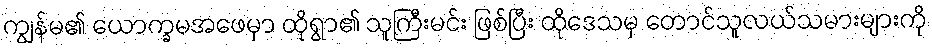
ကျွန်မ၏ ယောက္ခမအဖေမှာ ထိုရွာ၏ သူကြီးမင်း ဖြစ်ပြီး ထိုဒေသမှ တောင်သူလယ်သမားများကို